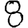
Digit: 8